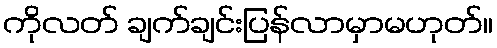
ကိုလတ် ချက်ချင်းပြန်လာမှာမဟုတ်။